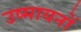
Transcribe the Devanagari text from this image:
उष्मायनों